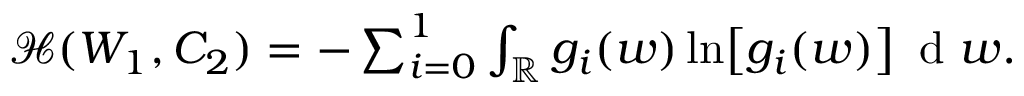
\begin{array} { r } { \mathcal { H } ( W _ { 1 } , C _ { 2 } ) = - \sum _ { i = 0 } ^ { 1 } \int _ { \mathbb { R } } g _ { i } ( w ) \ln \bigl [ g _ { i } ( w ) \bigr ] \, \mathrm { ~ d ~ } w . } \end{array}